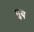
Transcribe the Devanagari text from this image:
गुय